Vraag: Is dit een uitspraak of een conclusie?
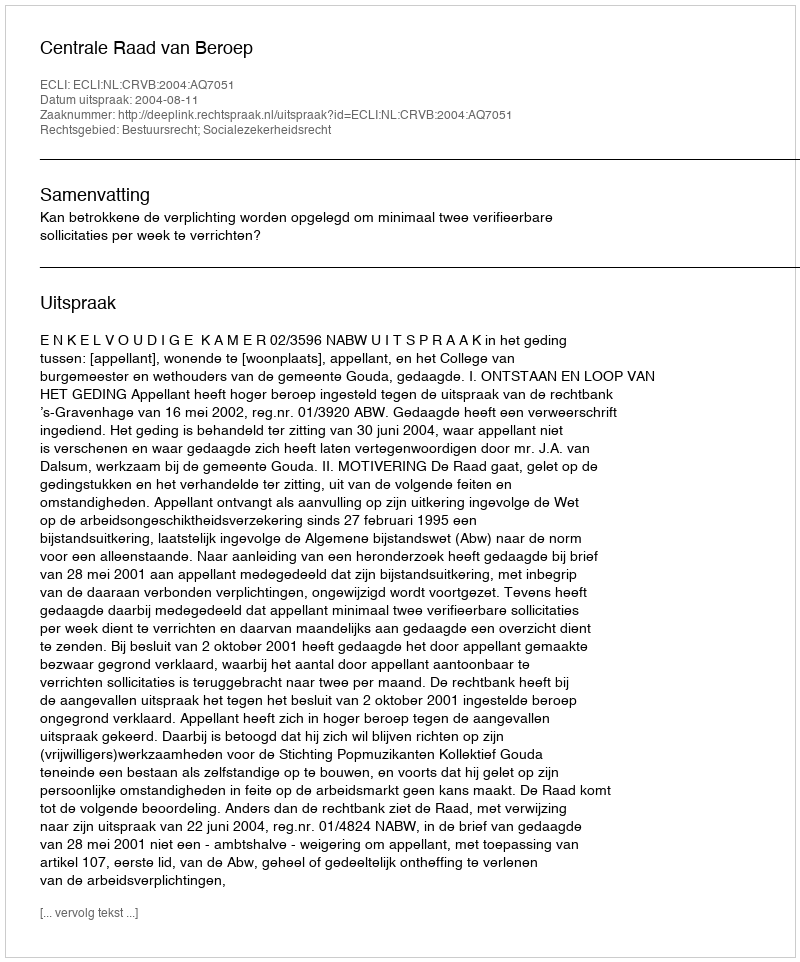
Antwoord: Uitspraak